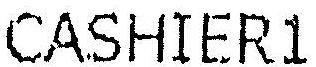
CASHIER1